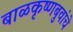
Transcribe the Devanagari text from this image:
बाळकृष्णबुवांचे